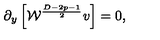
\partial _ { y } \left[ { \cal W } ^ { \frac { D - 2 p - 1 } { 2 } } v \right] = 0 ,